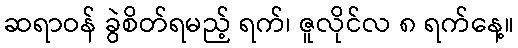
ဆရာဝန် ခွဲစိတ်ရမည့် ရက်၊ ဇူလိုင်လ ၈ ရက်နေ့။